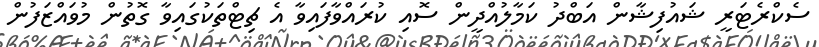
ސެކްރެޓަރީ ޝައުފިޝާން އަބްދު ކަމާލުއްދީން ސޮއި ކުރައްވާފައިވާ އެ ޗިޓްތަކުގައިވާ ގޮތުން މުވައްޒަފުން